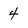
Character: 4